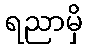
ရညာမှိ